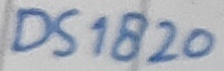
Text: DS1820